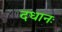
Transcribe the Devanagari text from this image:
दधानः